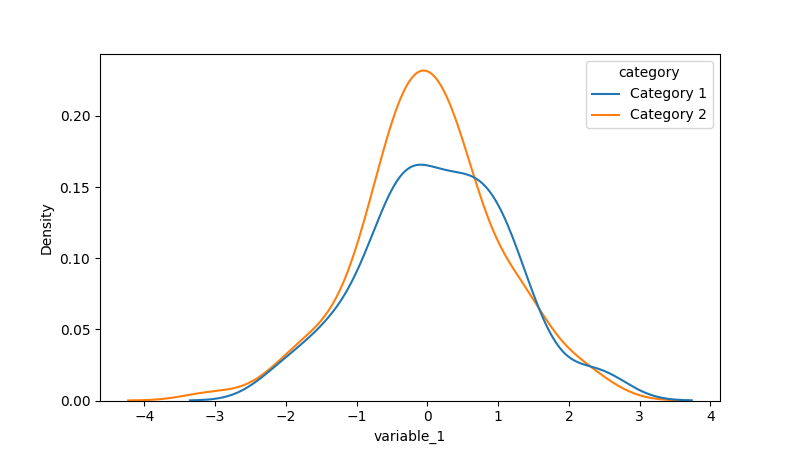
python, seaborn, kdeplot, hue='category', fill=False, bw_adjust=1.0